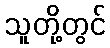
သူတို့တွင်